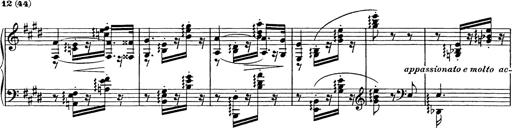
Title: Consolations
Composer: Franz Liszt